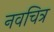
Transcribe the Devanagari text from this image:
नवचित्र